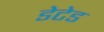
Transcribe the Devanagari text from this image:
डेटेड